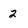
Character: 2